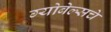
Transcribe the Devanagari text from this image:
ग्योबेल्सचे